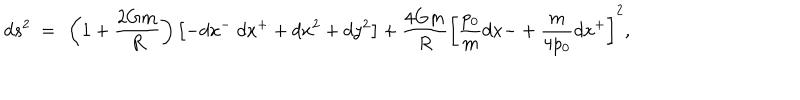
d s ^ { 2 } ~ = ~ \left( 1 + { \frac { 2 G m } { R } } \right) \left[ - d x ^ { - } ~ d x ^ { + } + d x ^ { 2 } + d y ^ { 2 } \right] + { \frac { 4 G m } { R } } \left[ { \frac { p _ { 0 } } { m } } d x { - } + { \frac { m } { 4 p _ { 0 } } } d x ^ { + } \right] ^ { 2 } ,